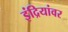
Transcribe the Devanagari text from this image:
इंद्रियांवर